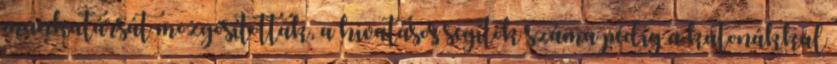
munkatársát mozgósították, a hivatásos segítők száma pedig a katonákkal